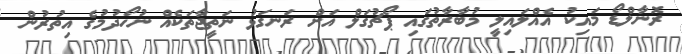
ރޮނާލްޑޯ މައިކު އެއްލައިލީ މުބާރާތުގައި ޕޯޗުގަލް އަށް ރަނގަޅު ނަތީޖާތަކެއް ނުހޯދުމުގެ އިތުރުން